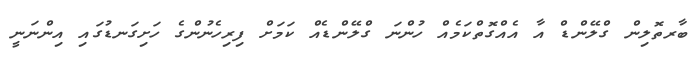
ބާރތޮލިން ގްލޭންޑް އާ އެއްގޮތްކަމެއް ހުންނަ ގްލޭންޑެއް ކަމަށް ފިރިހެނުންގެ ހަށިގަނޑުގައި އިންނަނީ